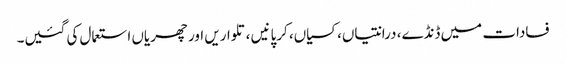
فسادات میں ڈنڈے، درانتیاں، کسیاں، کرپانیں ،تلواریں اور چھریاں استعمال کی گئیں۔